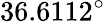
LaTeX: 36.6112^{\circ}